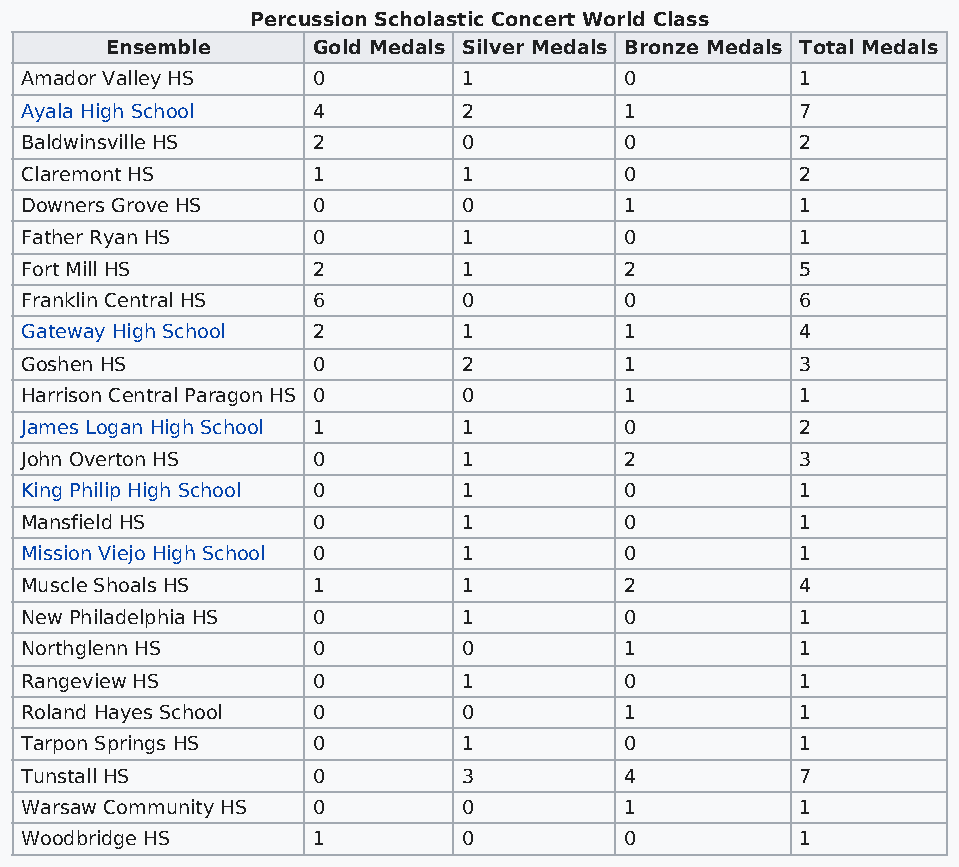
Percussion Scholastic Concert World Class
 Ensemble      Gold Medals Silver Medals Bronze Medals Total Medals
 Amador Valley HS    0         1         0           1
 Ayala High School   4         2         1           7
 Baldwinsville HS    2         0         0           2
 Claremont HS        1         1         0           2
 Downers Grove HS    0         0         1           1
 Father Ryan HS      0         1         0           1
 Fort Mill HS        2         1         2           5
 Franklin Central HS 6         0         0           6
 Gateway High School 2         1         1           4
 Goshen HS           0         2         1           3
 Harrison Central Paragon HS 0 0         1           1
 James Logan High School 1     1         0           2
 John Overton HS     0         1         2           3
 King Philip High School 0     1         0           1
 Mansfield HS        0         1         0           1
 Mission Viejo High School 0   1         0           1
 Muscle Shoals HS    1         1         2           4
 New Philadelphia HS 0         1         0           1
 Northglenn HS       0         0         1           1
 Rangeview HS        0         1         0           1
 Roland Hayes School 0         0         1           1
 Tarpon Springs HS   0         1         0           1
 Tunstall HS         0         3         4           7
 Warsaw Community HS 0         0         1           1
 Woodbridge HS       1         0         0           1